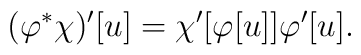
(\varphi^*\chi)'[u] = \chi'[\varphi[u]] \varphi'[u].